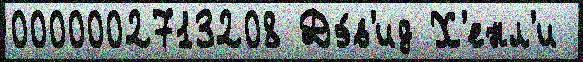
0000002713208 Дэ́в'ид Х'енл'и